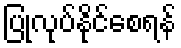
ပြုလုပ်နိုင်စေရန်